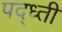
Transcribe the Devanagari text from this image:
पद्ध्ती